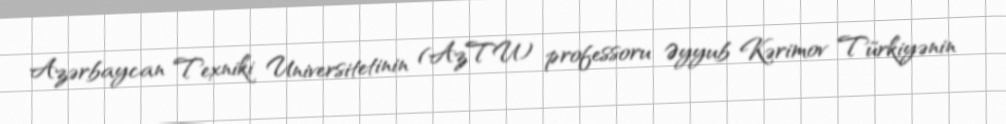
Azərbaycan Texniki Universitetinin (AzTU) professoru Əyyub Kərimov Türkiyənin